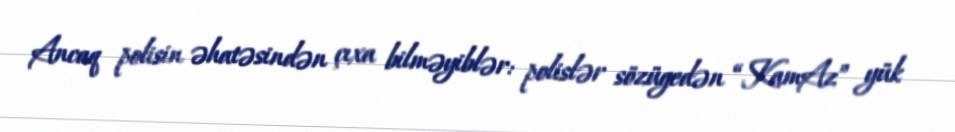
Ancaq polisin əhatəsindən çıxa bilməyiblər: polislər sözügedən “KamAz” yük